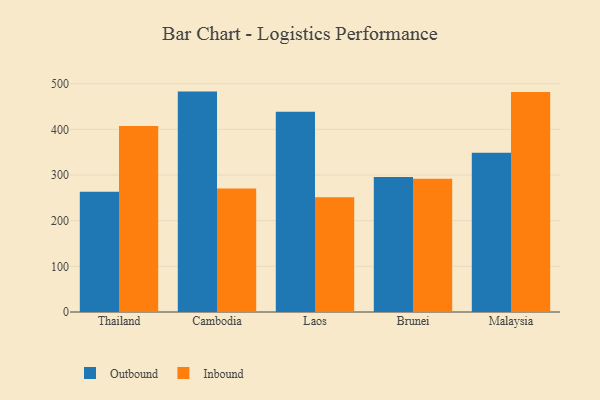
{"axis": {"x": "Country", "y": "Latency (ms)"}, "legend": ["Inbound", "Outbound"], "data": [{"x": "Thailand", "y": 263.2, "type": "Outbound"}, {"x": "Thailand", "y": 407.4, "type": "Inbound"}, {"x": "Cambodia", "y": 482.7, "type": "Outbound"}, {"x": "Cambodia", "y": 270.3, "type": "Inbound"}, {"x": "Laos", "y": 438.4, "type": "Outbound"}, {"x": "Laos", "y": 251.3, "type": "Inbound"}, {"x": "Brunei", "y": 295.7, "type": "Outbound"}, {"x": "Brunei", "y": 291.7, "type": "Inbound"}, {"x": "Malaysia", "y": 348.7, "type": "Outbound"}, {"x": "Malaysia", "y": 481.7, "type": "Inbound"}]}